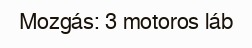
Mozgás: 3 motoros láb